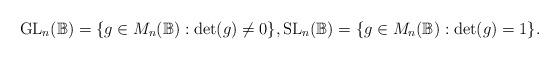
LaTeX: \begin{align*}\mathrm{GL}_n(\mathbb{B})=\{g\in M_n(\mathbb{B}):\det(g)\neq 0\},\mathrm{SL}_n(\mathbb{B})=\{g\in M_n(\mathbb{B}):\det(g)=1\}.\end{align*}